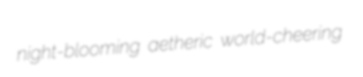
night-blooming aetheric world-cheering